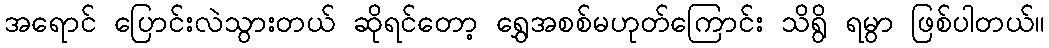
အရောင် ပြောင်းလဲသွားတယ် ဆိုရင်တော့ ရွှေအစစ်မဟုတ်ကြောင်း သိရွိ ရမွာ ဖြစ်ပါတယ်။